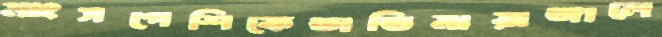
মাংসপেশিকেডান্ডিমায়াজালে